Senior Leaving Certificate Examination (including Day School Certificate (Higher) General paper), 1950
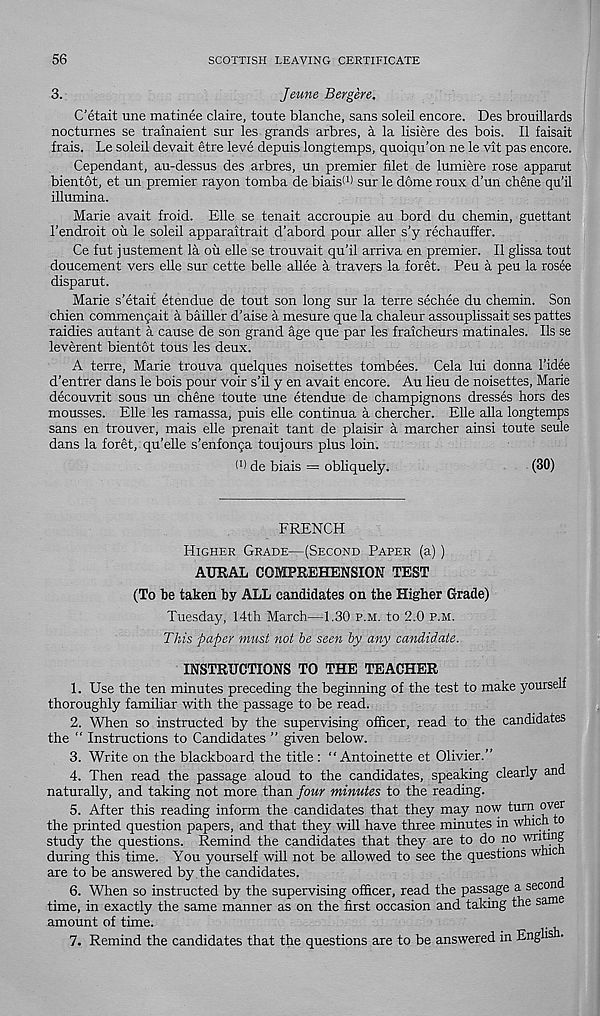
56
SCOTTISH LEAVING CERTIFICATE
3.
Jeune Bergere.
C’etait une matinee claire, toute blanche, sans soleil encore. Des brouillards
nocturnes se trainaient sur les grands arbres, a la lisiere des bois. II faisait
frais. Le soleil devait etre leve depuis longtemps, quoiqu’on ne le vit pas encore.
Cependant, au-dessus des arbres, un premier filet de lumiere rose apparut
bientot, et un premier rayon tomba de biais 1 ' 1 * sur le dome roux d’un chene qu’il
illumina.
Marie avait froid. Elle se tenait accroupie au bord du chemin, guettant
1’endroit ou le soleil apparaitrait d’abord pour aller s’y rechauffer.
Ce fut justement la ou elle se trouvait qu’il arriva en premier. II glissa tout
doucement vers elle sur cette belle allee a travers la foret. Peu a peu la rosee
disparut.
Marie s’etait etendue de tout son long sur la terre sechee du chemin. Son
chien commengait a bailler d’aise a mesure que la chaleur assouplissait ses pattes
raidies autant a cause de son grand age que par les fraicheurs matinales. Ils se
leverent bientot tous les deux.
A terre, Marie trouva quelques noisettes tombees. Cela lui donna 1’idee
d’entrer dans le bois pour voir s’d y en avait encore. Au lieu de noisettes, Marie
decouvrit sous un chene toute une etendue de champignons dresses hors des
mousses. Elle les ramassa, puis elle continua a chercher. Elle alia longtemps
sans en trouver, mais elle prenait tant de plaisir a marcher ainsi toute seule
dans la foret, qu’elle s’enfonga toujours plus loin.
W de biais = obliquely.
(30)
FRENCH
Higher Grade—(Second Paper (a))
AURAL COMPREHENSION TEST
(To he taken by ALL candidates on the Higher Grade)
Tuesday, 14th March—1.30 p.m. to 2.0 p.m.
This paper must not be seen by any candidate.
INSTRUCTIONS TO THE TEACHER
1. Use the ten minutes preceding the beginning of the test to make yourself
thoroughly familiar with the passage to be read.
2. When so instructed by the supervising officer, read to the candidates
the “ Instructions to Candidates ” given below.
3. Write on the blackboard the title : "Antoinette et Olivier.”
4. Then read the passage aloud to the candidates, speaking clearly and
naturally, and taking not more than four minutes to the reading.
5. After this reading inform the candidates that they may now turn over
the printed question papers, and that they will have three minutes in which to
study the questions. Remind the candidates that they are to do no vmtajf
during this time. You yourself will not be allowed to see the questions whic
are to be answered by the candidates.
6. When so instructed by the supervising officer, read the passage a secon
time, in exactly the same manner as on the first occasion and taking the same
amount of time.
7. Remind the candidates that the questions are to be answered in Engli